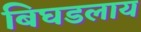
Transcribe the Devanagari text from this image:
बिघडलाय